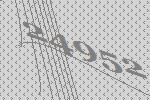
24952